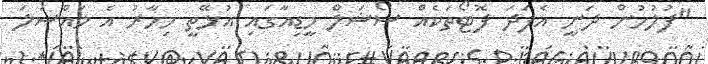
"ފުލުހުން ދަނީ އެފަދަ ފޮޓޯތަކެއް ސޯޝަލް މީޑިއާގައި އުޅޭތީ މިހާރު އެ މައްސަލަ